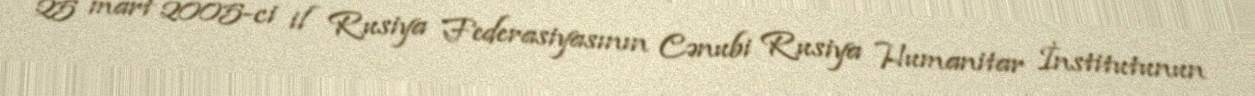
25 mart 2005-ci il Rusiya Federasiyasının Cənubi Rusiya Humanitar İnstitutunun